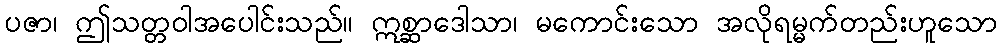
ပဇာ၊ ဤသတ္တဝါအပေါင်းသည်။ ဣစ္ဆာဒေါသာ၊ မကောင်းသော အလိုရမ္မက်တည်းဟူသော